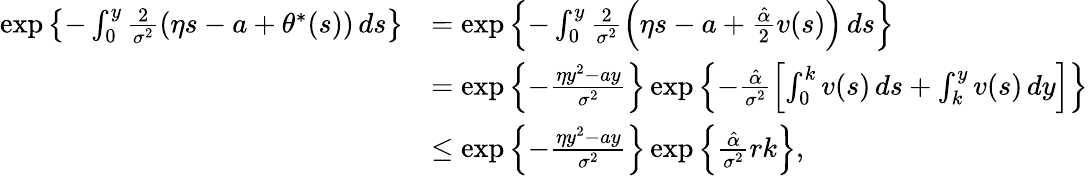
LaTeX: \begin{array}{rl}{\exp\left\{ -\int_{0}^{y}\frac{2}{\sigma^{2}}\left(\eta s-a+\theta^{*}(s)\right)\, ds\right\} }&{=\exp\left\{ -\int_{0}^{y}\frac{2}{\sigma^{2}}\left(\eta s-a+\frac{\hat{\alpha}}{2}v(s)\right)\, ds\right\} }\\ &{=\exp\left\{ -\frac{\eta y^{2}-ay}{\sigma^{2}}\right\} \exp\left\{ -\frac{\hat{\alpha}}{\sigma^{2}}\left[\int_{0}^{k}v(s)\, ds+\int_{k}^{y}v(s)\, dy\right]\right\} }\\ &{\le\exp\left\{ -\frac{\eta y^{2}-ay}{\sigma^{2}}\right\} \exp\left\{ \frac{\hat{\alpha}}{\sigma^{2}}rk\right\} ,}\end{array}